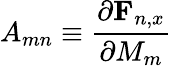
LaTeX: A_{mn}\equiv\frac{\partial\mathbf{F}_{n,x}}{\partial M_{m}}